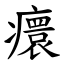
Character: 癏